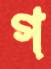
গ